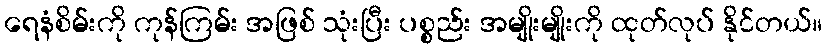
ရေနံစိမ်းကို ကုန်ကြမ်း အဖြစ် သုံးပြီး ပစ္စည်း အမျိုးမျိုးကို ထုတ်လုပ် နိုင်တယ်။